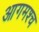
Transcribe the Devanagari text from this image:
आगमश्च